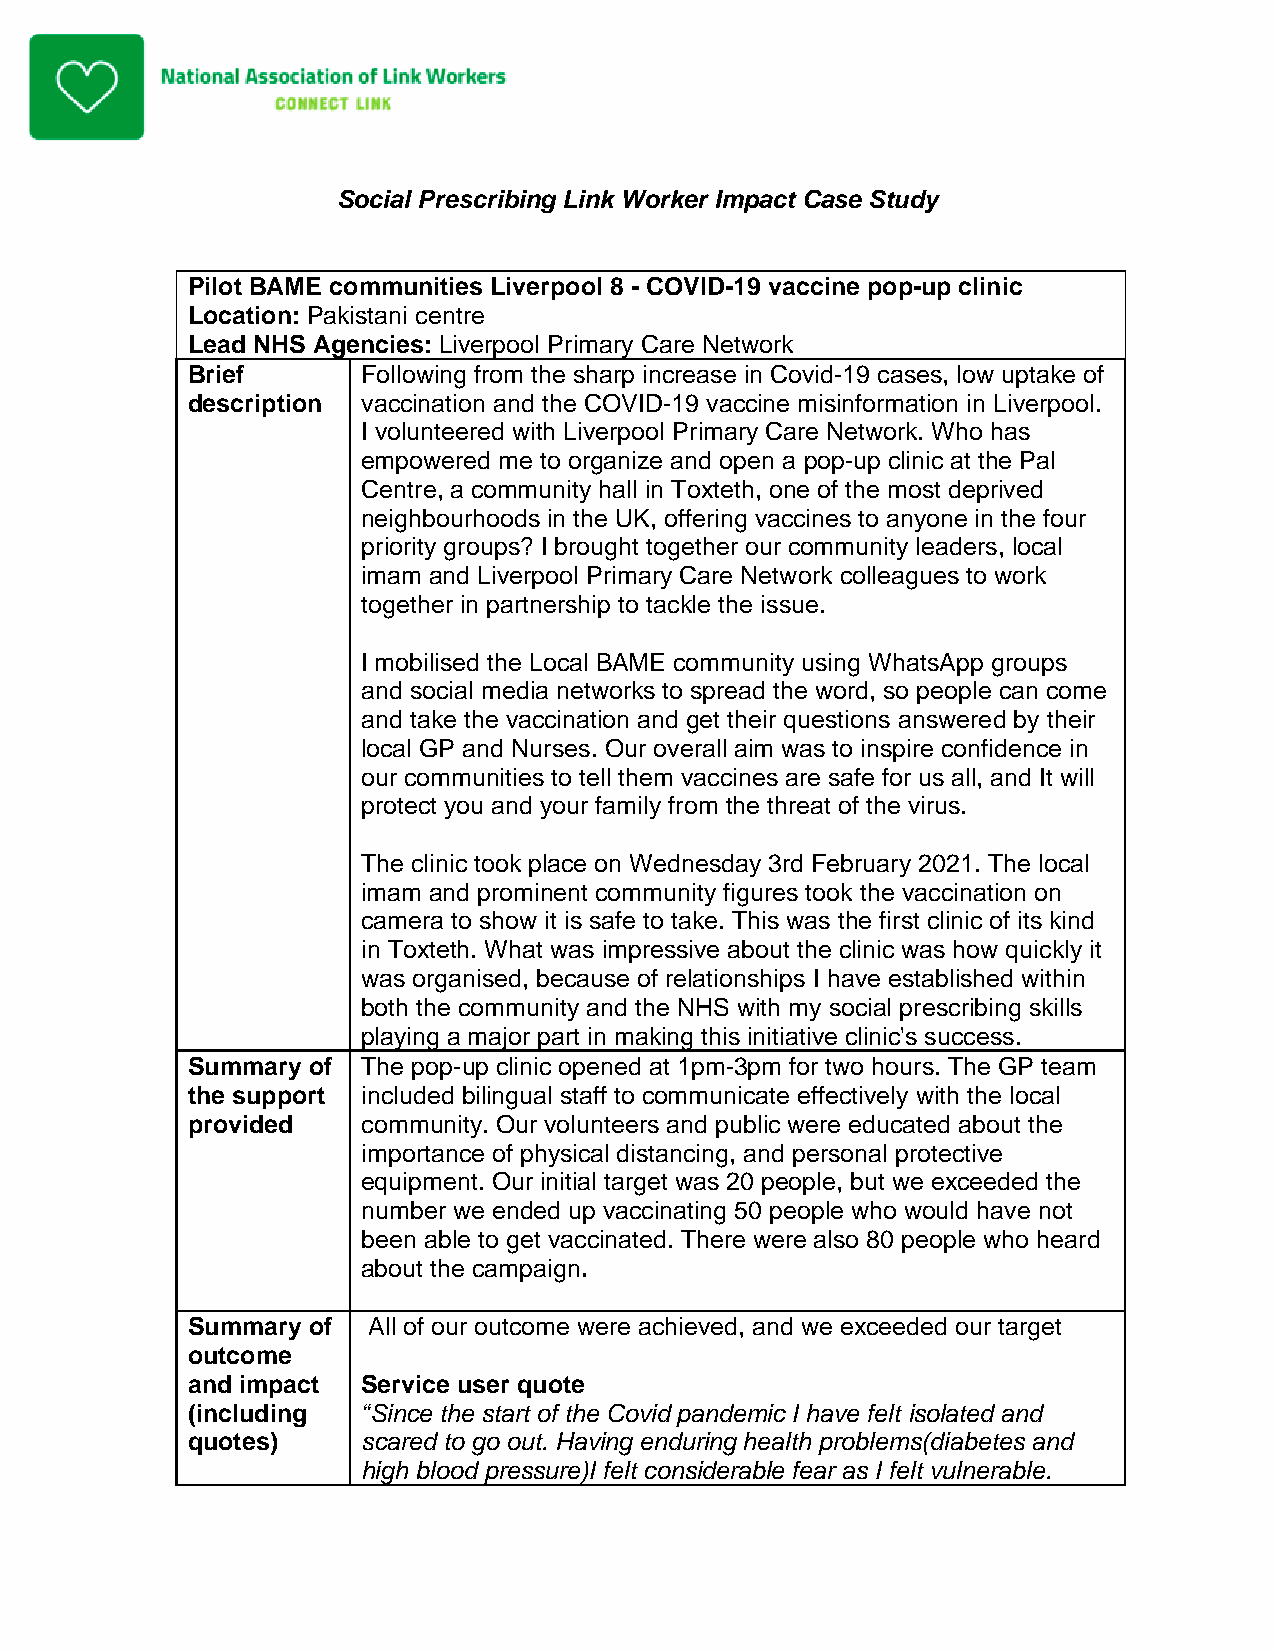
Social Prescribing Link Worker Impact Case Study
 Pilot BAME communities Liverpool 8 - COVID-19 vaccine pop-up clinic
 Location: Pakistani centre
 Lead NHS Agencies: Liverpool Primary Care Network
 Brief       Following from the sharp increase in Covid-19 cases, low uptake of
 description vaccination and the COVID-19 vaccine misinformation in Liverpool.
 I volunteered with Liverpool Primary Care Network. Who has
 empowered me to organize and open a pop-up clinic at the Pal
 Centre, a community hall in Toxteth, one of the most deprived
 neighbourhoods in the UK, offering vaccines to anyone in the four
 priority groups? I brought together our community leaders, local
 imam and Liverpool Primary Care Network colleagues to work
 together in partnership to tackle the issue.
 I mobilised the Local BAME community using WhatsApp groups
 and social media networks to spread the word, so people can come
 and take the vaccination and get their questions answered by their
 local GP and Nurses. Our overall aim was to inspire confidence in
 our communities to tell them vaccines are safe for us all, and It will
 protect you and your family from the threat of the virus.
 The clinic took place on Wednesday 3rd February 2021. The local
 imam and prominent community figures took the vaccination on
 camera to show it is safe to take. This was the first clinic of its kind
 in Toxteth. What was impressive about the clinic was how quickly it
 was organised, because of relationships I have established within
 both the community and the NHS with my social prescribing skills
 playing a major part in making this initiative clinic's success.
 Summary of  The pop-up clinic opened at 1pm-3pm for two hours. The GP team
 the support included bilingual staff to communicate effectively with the local
 provided    community. Our volunteers and public were educated about the
 importance of physical distancing, and personal protective
 equipment. Our initial target was 20 people, but we exceeded the
 number we ended up vaccinating 50 people who would have not
 been able to get vaccinated. There were also 80 people who heard
 about the campaign.
 Summary of  All of our outcome were achieved, and we exceeded our target
 outcome
 and impact  Service user quote
 (including  “Since the start of the Covid pandemic I have felt isolated and
 quotes)     scared to go out. Having enduring health problems(diabetes and
 high blood pressure)I felt considerable fear as I felt vulnerable.